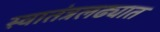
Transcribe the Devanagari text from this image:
स्वातंत्रलढ्यात